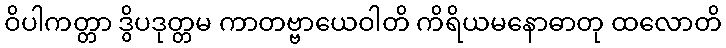
ဝိပါကတ္တာ ဒွိပဒုတ္တမ ကာတဗ္ဗာယေဝါတိ ကိရိယမနောဓာတု ထလောတိ